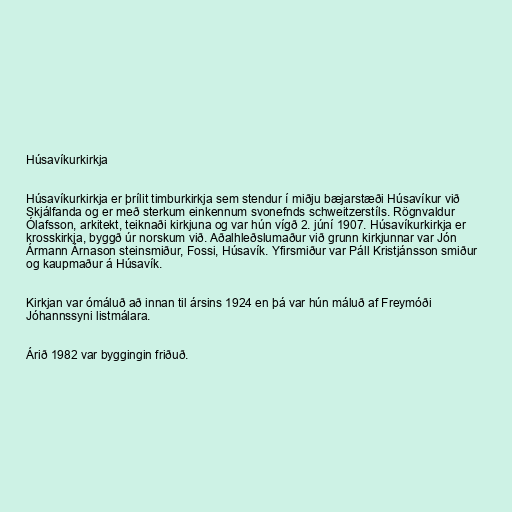
Húsavíkurkirkja

Húsavíkurkirkja er þrílit timburkirkja sem stendur í miðju bæjarstæði Húsavíkur við
Skjálfanda og er með sterkum einkennum svonefnds schweitzerstíls. Rögnvaldur
Ólafsson, arkitekt, teiknaði kirkjuna og var hún vígð 2. júní 1907. Húsavíkurkirkja er
krosskirkja, byggð úr norskum við. Aðalhleðslumaður við grunn kirkjunnar var Jón
Ármann Árnason steinsmiður, Fossi, Húsavík. Yfirsmiður var Páll Kristjánsson smiður
og kaupmaður á Húsavík.

Kirkjan var ómáluð að innan til ársins 1924 en þá var hún máluð af Freymóði
Jóhannssyni listmálara.

Árið 1982 var byggingin friðuð.